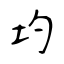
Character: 圴